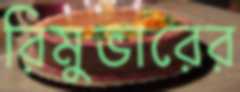
রিমুভারের